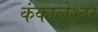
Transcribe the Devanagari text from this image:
कंकालेश्‍वर